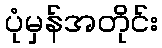
ပုံမှန်အတိုင်း